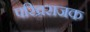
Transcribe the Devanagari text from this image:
परिव्रराजक